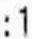
:1